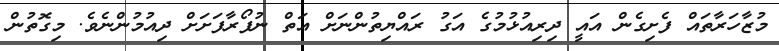
މުޒާހަރާތައް ފެށިގެން އައީ ދިރިއުޅުމުގެ އަގު ރައްޔިތުންނަށް އަތް ނުފޯރާފަށަށް ދިއުމުންނެވެ. މިގޮތުން